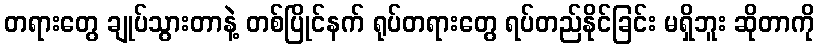
တရားတွေ ချုပ်သွားတာနဲ့ တစ်ပြိုင်နက် ရုပ်တရားတွေ ရပ်တည်နိုင်ခြင်း မရှိဘူး ဆိုတာကို